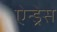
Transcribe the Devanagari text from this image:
ऐन्‍ड्रेस